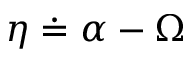
\eta \doteq \alpha - \Omega